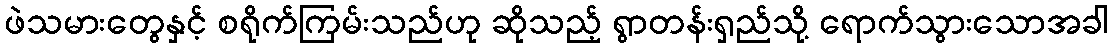
ဖဲသမားတွေနှင့် စရိုက်ကြမ်းသည်ဟု ဆိုသည့် ရွာတန်းရှည်သို့ ရောက်သွားသောအခါ